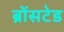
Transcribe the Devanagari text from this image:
ब्रोंसटेड